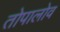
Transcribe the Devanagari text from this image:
तोपालोव